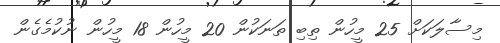
މިސާލަކަށް 25 މީހުން ތިބި ތަނަކުން 20 މީހުން 18 މީހުން ނުކުމެގެން